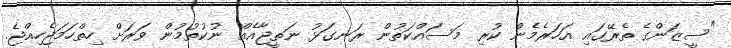
"ސީޒަންގެ ތެރޭގައި އަހަރެމެން ކުރި މަސައްކަތުން ރަނގަޅު ނަތީޖާއެއް ނުކުތުމުން ވަރަށް ހިތްހަމަޖެހިއްޖެ.